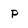
Character: p